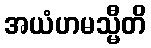
အယံဟမသ္မီတိ